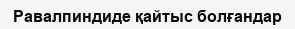
Равалпиндиде қайтыс болғандар